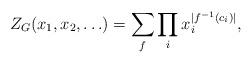
LaTeX: \begin{align*}Z_G(x_1, x_2, \ldots) = \sum_f \prod_i x_i^{|f^{-1}(c_i)|},\end{align*}